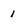
Character: 1